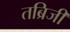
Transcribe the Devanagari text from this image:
तब्रिजी